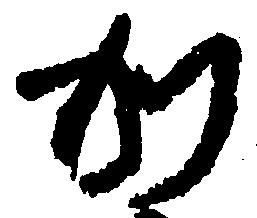
か